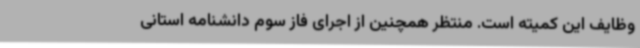
وظایف این کمیته است. منتظر همچنین از اجرای فاز سوم دانشنامه استانی